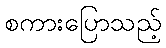
စကားပြောသည့်